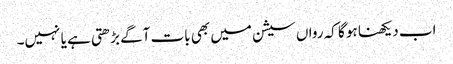
اب دیکھنا ہو گا کہ رواں سیشن میں بھی بات آگے بڑھتی ہے یا نہیں۔